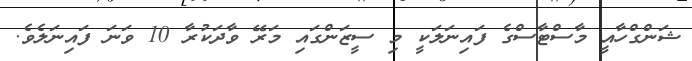
ޝަންގްހާއީ މާސްޓާސްގެ ފައިނަލަކީ މި ސީޒަންގައި މަރޭ ވާދަކުރާ 10 ވަނަ ފައިނަލެވެ.